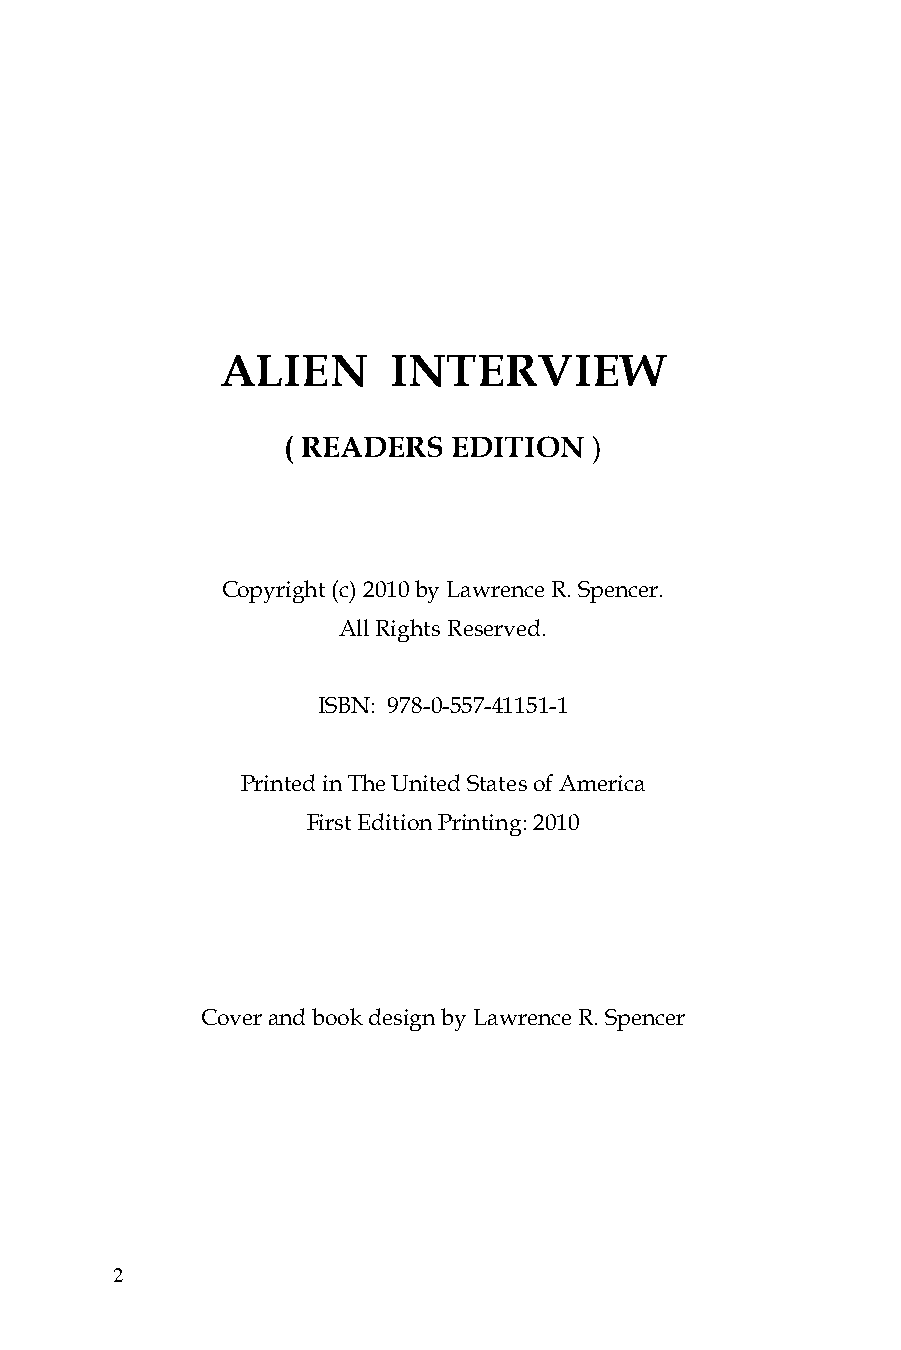
ALIEN      INTERVIEW
 ( READERS  EDITION  )
 Copyright (c) 2010 by Lawrence R. Spencer.
 All Rights Reserved.
 ISBN: 978-0-557-41151-1
 Printed in The United States of America
 First Edition Printing: 2010
 Cover and book design by Lawrence R. Spencer
 2